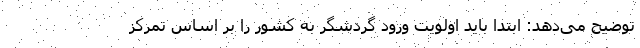
توضیح می‌دهد: ابتدا باید اولویت ورود گردشگر به کشور را بر اساس تمرکز